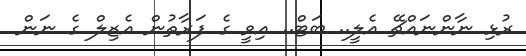
ރުޅި ނާންނައްޗޭ އެލީ.. ބަޓް.. އިވީ ގެ ފަރާތުން އެޒިލް ގެ ނަން